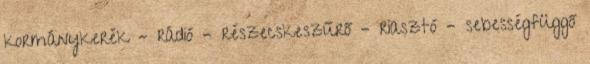
kormánykerék – rádió – részecskeszűrő – riasztó – sebességfüggő